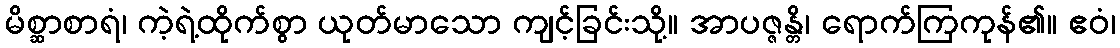
မိစ္ဆာစာရံ၊ ကဲ့ရဲ့ထိုက်စွာ ယုတ်မာသော ကျင့်ခြင်းသို့။ အာပဇ္ဇန္တိ၊ ရောက်ကြကုန်၏။ ဧဝံ၊